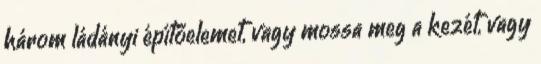
három ládányi építőelemet, vagy mossa meg a kezét, vagy